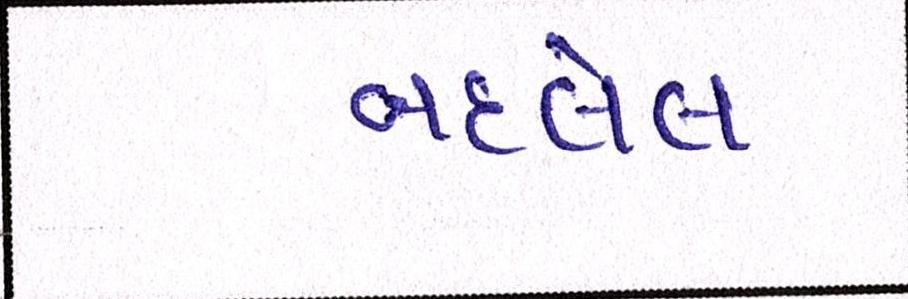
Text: બદલેલ